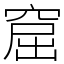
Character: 窟